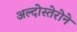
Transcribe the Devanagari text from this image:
अल्दोस्तेरोने